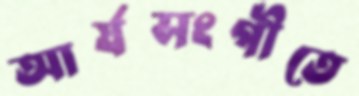
আর্যসংগীতে